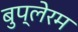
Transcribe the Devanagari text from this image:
बुप्लेरम